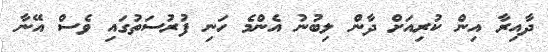
ދާއިރާ އިން ކުރިއަށް ދާން ލިބުނު އެންމެ ހަނި ފުރުސަތުގައި ވެސް އޭނާ